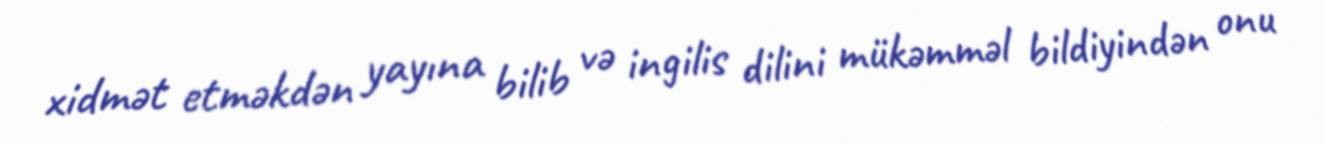
xidmət etməkdən yayına bilib və ingilis dilini mükəmməl bildiyindən onu